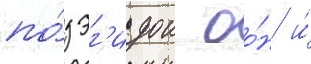
по́д эг'идои оо́н и́